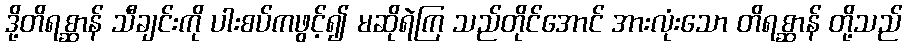
ဒို့တိရစ္ဆာန် သီချင်းကို ပါးစပ်ကဖွင့်၍ မဆိုရဲကြ သည်တိုင်အောင် အားလုံးသော တိရစ္ဆာန် တို့သည်